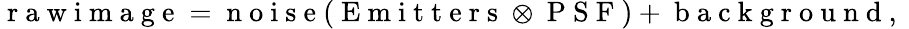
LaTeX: \mathrm{~r~a~w~i~m~a~g~e~}=\mathrm{~n~o~i~s~e~}(\mathrm{~E~m~i~t~t~e~r~s~}\otimes\mathrm{~P~S~F~})+\mathrm{~b~a~c~k~g~r~o~u~n~d~,~}